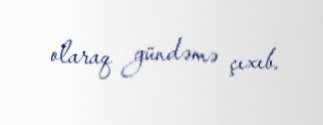
olaraq gündəmə çıxıb.